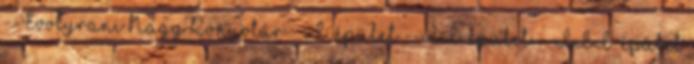
--Evolyrani Nagy Könyvtár --I. épület --II. épület --III. épület